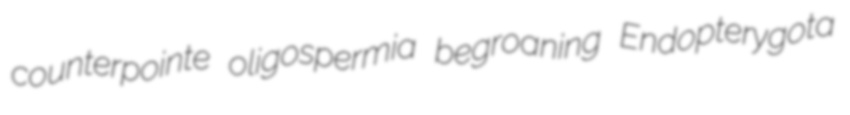
counterpointe oligospermia begroaning Endopterygota